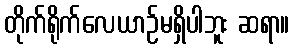
တိုက်ရိုက်လေယာဉ်မရှိပါဘူး ဆရာ။